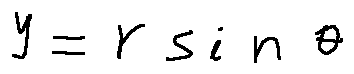
y = r \sin \theta